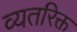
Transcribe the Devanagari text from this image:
व्यतरिक्त